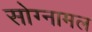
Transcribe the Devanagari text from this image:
सोग्नामल